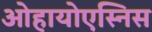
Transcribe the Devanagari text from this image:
ओहायोएस्निस